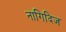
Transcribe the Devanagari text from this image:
नागिदिज